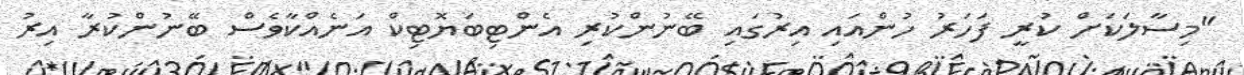
"މިސާލަކަށް ކުރީ ފަހަރު ހުންއައި އިރުގައި ބޭނުންކުރި އެންޓިބަޔޮޓިކް އަނެއްކާވެސް ބޭނުންކުރާ އިރު